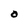
Character: O